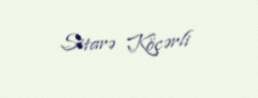
Sitarə Köçərli